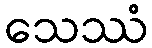
သေဿံ